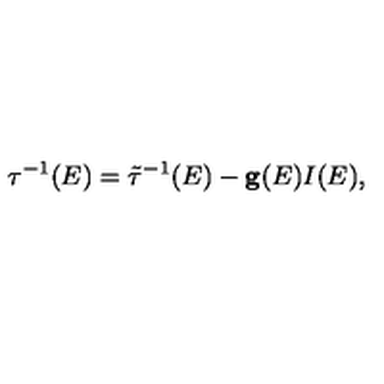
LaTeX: { \bf \tau } ^ { - 1 } ( E ) = \tilde { \bf \tau } ^ { - 1 } ( E ) - { \bf g } ( E ) I ( E ) ,